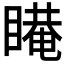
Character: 𰥿